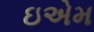
ઇએમ